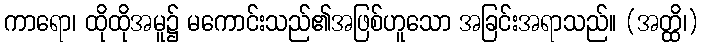
ကာရော၊ ထိုထိုအမူ၌ မကောင်းသည်၏အဖြစ်ဟူသော အခြင်းအရာသည်။ (အတ္ထိ၊)